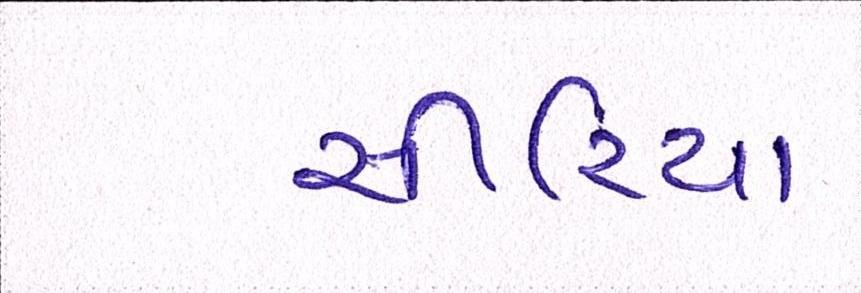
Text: સીરિયા